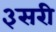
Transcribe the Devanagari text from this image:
३सरी